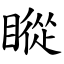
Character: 瞛